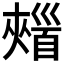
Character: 𩠣